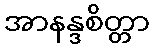
အာနန္ဒစိတ္တာ